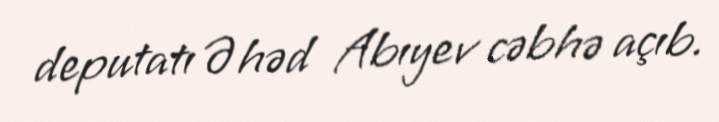
deputatı Əhəd Abıyev cəbhə açıb.